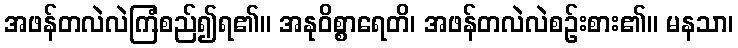
အဖန်တလဲလဲကြံစည်၍ရ၏။ အနုဝိစ္စာရေတိ၊ အဖန်တလဲလဲစဉ်းစား၏။ မနသာ၊